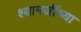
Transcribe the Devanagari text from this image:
श्यामजींच्या